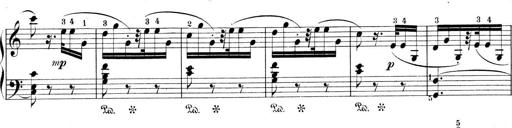
Title: 9 Sonatinen
Composer: Alexander Winterberger